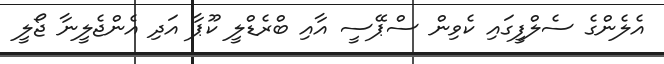
އެލެންގެ ސެލްފީގައި ކެވިން ސްޕޭސީ އާއި ބްރެޑްލީ ކޫޕާ އަދި އެންޖެލީނާ ޖޯލީ